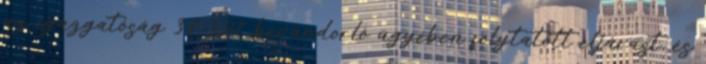
az igazgatóság 31 327 bevándorló ügyében folytatott eljárást, és